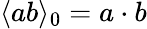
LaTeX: \langle ab\rangle_{0}=a\cdot b